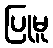
ပြုမူ